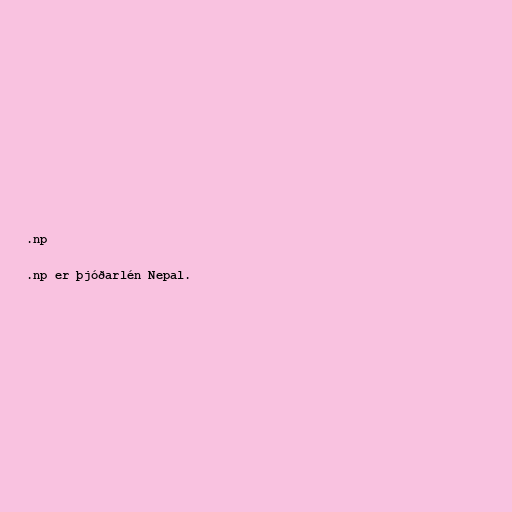
.np

.np er þjóðarlén Nepal.